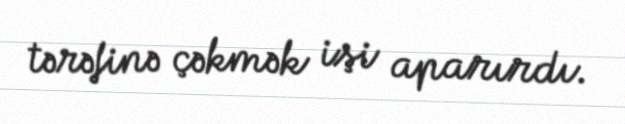
tərəfinə çəkmək işi aparırdı.